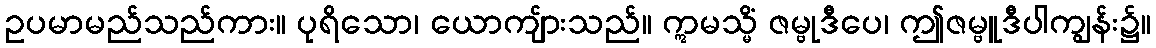
ဥပမာမည်သည်ကား။ ပုရိသော၊ ယောကျ်ားသည်။ ဣမသ္မိံ ဇမ္ဗုဒီပေ၊ ဤဇမ္ဗူဒီပါကျွန်း၌။